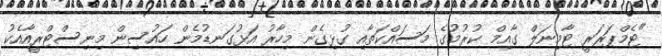
"ޓެމްޕަރަރީ ޓާމިނަލް ގާއިމް ކުރުމުގެ މަސައްކަތާއި ގުޅިގެން މިހާރު އަޅުގަނޑުމެން ހައުސިން މިނިސްޓްރީއާއެކު